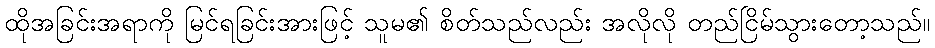
ထိုအခြင်းအရာကို မြင်ရခြင်းအားဖြင့် သူမ၏ စိတ်သည်လည်း အလိုလို တည်ငြိမ်သွားတော့သည်။